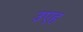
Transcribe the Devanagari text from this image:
उएह